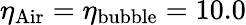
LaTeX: \eta_{\mathrm{{Air}}}=\eta_{\mathrm{{bubble}}}=10.0